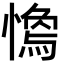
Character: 𢡓